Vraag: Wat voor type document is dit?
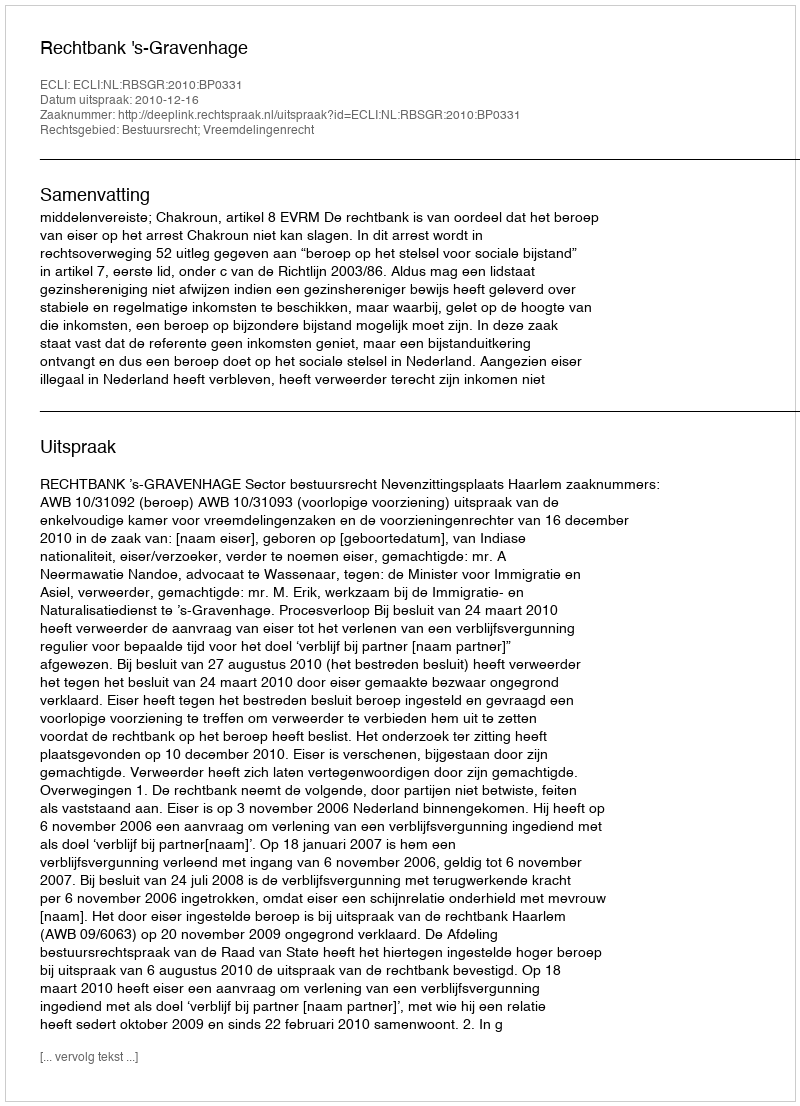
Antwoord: Uitspraak